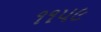
૧૧૫૯